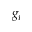
g _ { i }